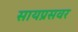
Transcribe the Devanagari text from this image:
सायप्रसवर